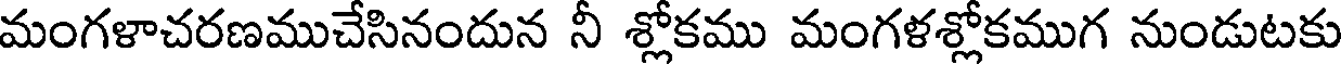
మంగళాచరణముచేసినందున నీ శ్లోకము మంగళశ్లోకముగ నుండుటకు